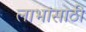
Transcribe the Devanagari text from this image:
लाभांसाठी